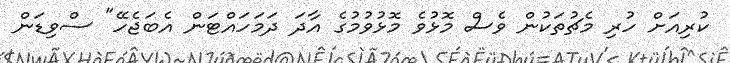
ކުރިއަށް ހުރި މެޗުތަކުން ވެސް މޮޅުވެ މޮޅުވުމުގެ އާދަ ދަމަހައްޓަން އެބަޖެހޭ" ސްވިޑަން